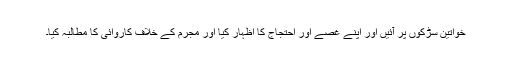
خواتین سڑکوں پر آئیں اور اپنے غصے اور احتجاج کا اظہار کیا اور مجرم کے خلاف کاروائی کا مطالبہ کیا۔